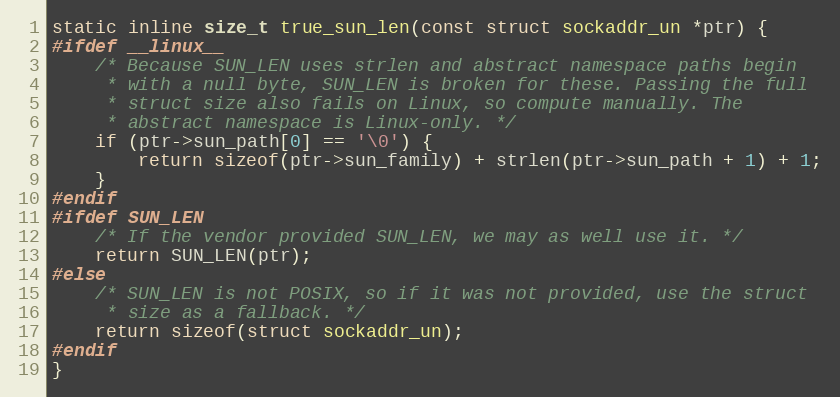
Language: C
static inline size_t true_sun_len(const struct sockaddr_un *ptr) {
#ifdef __linux__
	/* Because SUN_LEN uses strlen and abstract namespace paths begin
	 * with a null byte, SUN_LEN is broken for these. Passing the full
	 * struct size also fails on Linux, so compute manually. The
	 * abstract namespace is Linux-only. */
	if (ptr->sun_path[0] == '\0') {
		return sizeof(ptr->sun_family) + strlen(ptr->sun_path + 1) + 1;
	}
#endif
#ifdef SUN_LEN
	/* If the vendor provided SUN_LEN, we may as well use it. */
	return SUN_LEN(ptr);
#else
	/* SUN_LEN is not POSIX, so if it was not provided, use the struct
	 * size as a fallback. */
	return sizeof(struct sockaddr_un);
#endif
}